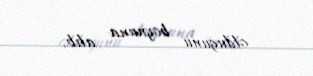
olduğunu boynuna alıb.